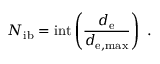
N _ { \mathrm { i b } } = \mathrm { i n t } \left( \frac { d _ { \mathrm { e } } } { d _ { \mathrm { e , m a x } } } \right) \, \, .